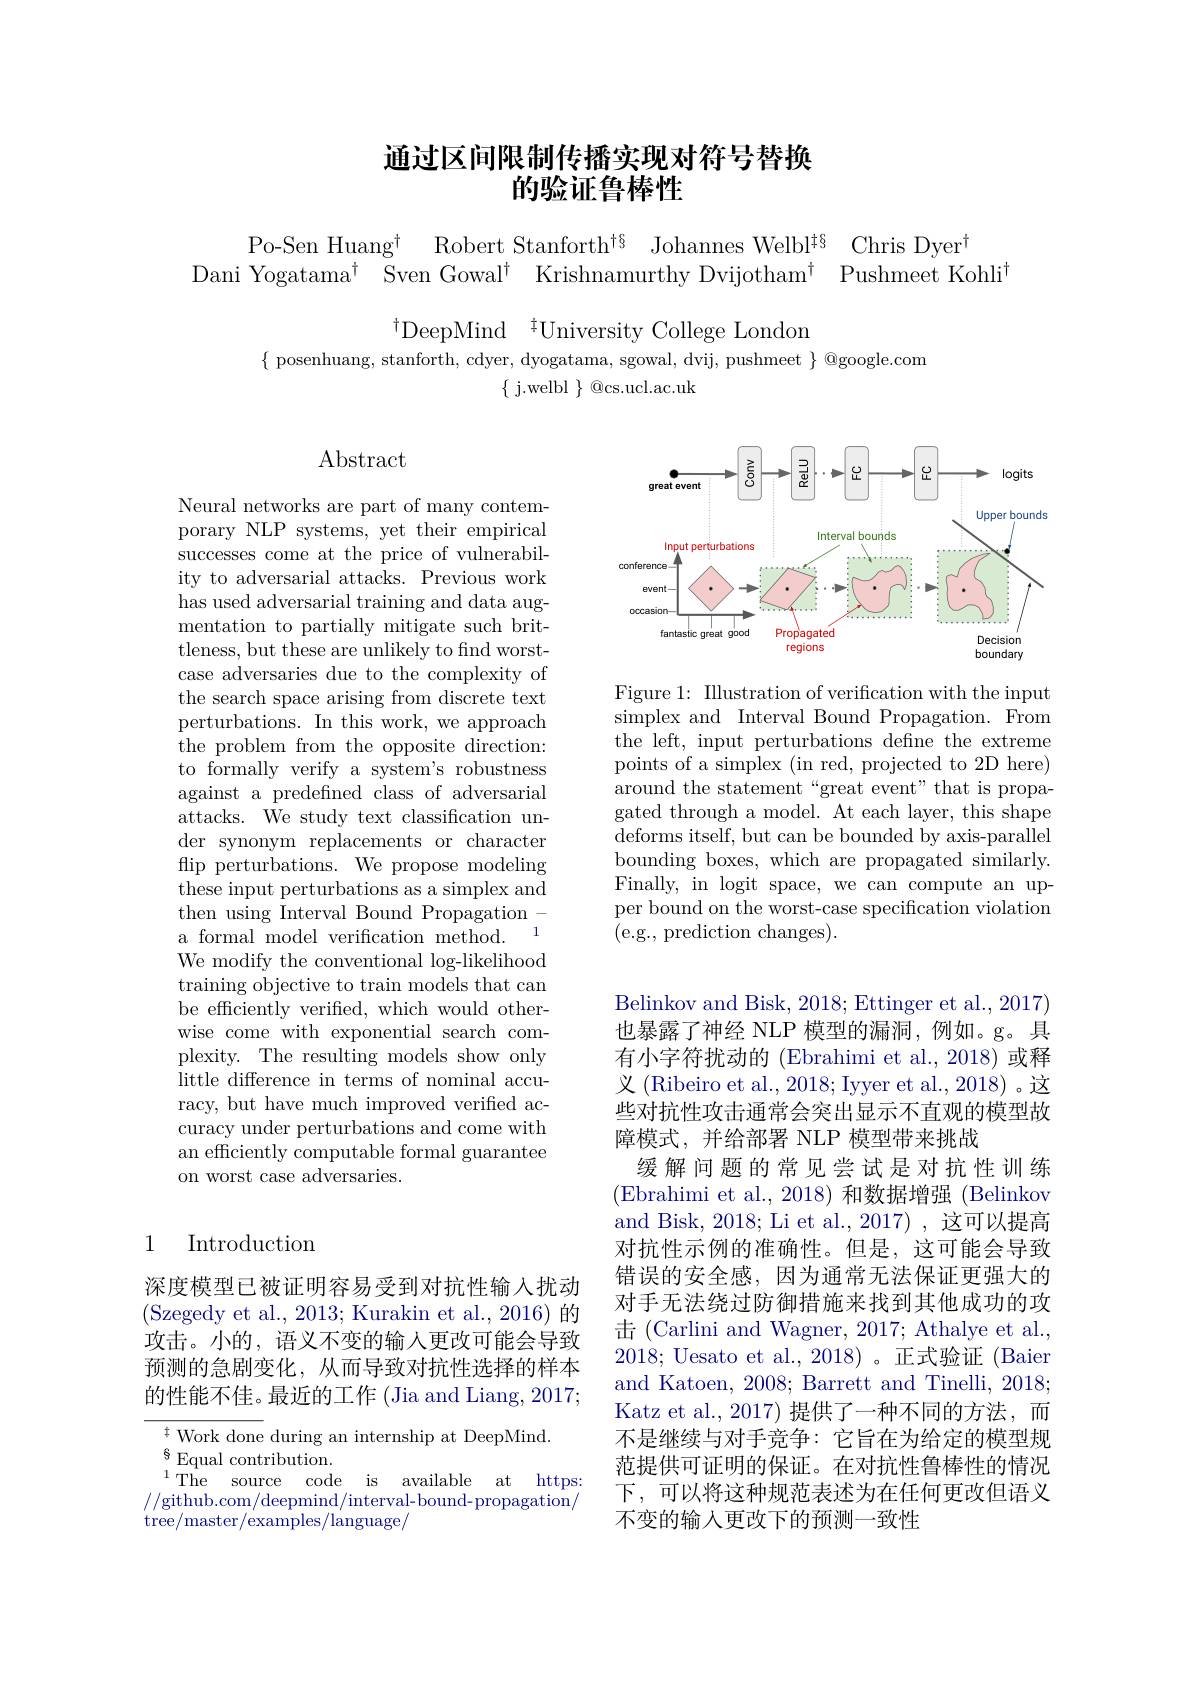
## 通过区间限制传播实现对符号替换的验证鲁棒性

Po-Sen Huang$^{\dagger}$
Robert Stanforth$^{\dagger\S}$ Johannes Welbl$^{\dagger\S}$ Chris Dyer$^{\dagger}$
Dani Yogatama$^{\dagger}$ Sven Gowal$^{\dagger}$ Krishnamurthy Dvijotham$^{\dagger}$ Pushmeet Kohli$^{\dagger}$

$^{\dagger}$DeepMind$^{\dagger}$University College London
$\{$ posenhuang, stanforth, cdyer, dyogatama, sgowal, dvij, pushmeet $\}$ @google.com
$\{$ j.welbl $\}$ @cs.ucl.ac.uk

## $\operatorname{Abstract}$

<FigureHere>

Figure 1: Illustration of verification with the input simplex and Interval Bound Propagation. From the left, input perturbations define the extreme points of a simplex (in red, projected to 2D here) around the statement“great event" that is propagated through a model. At each layer, this shape deforms itself, but can be bounded by axis-parallel bounding boxes, which are propagated similarly. Finally, in logit space, we can compute an upper bound on the worst-case specification violation (e.g., prediction changes).

Neural networks are part of many contemporary NLP systems, yet their empirical successes come at the price of vulnerability to adversarial attacks. Previous work has used adversarial training and data augmentation to partially mitigate such brittleness, but these are unlikely to find worstcase adversaries due to the complexity of the search space arising from discrete text perturbations. In this work, we approach ${\mathrm{the~problem~from~the~opposite~direction:}}$ to formally verify a system's robustness against a predefined class of adversarial attacks. We study text classification under synonym replacements or character flip perturbations. We propose modeling these input perturbations as a simplex and then using Interval Bound Propagation - a formal model verification method.
We modify the conventional $\log$-likelihood training objective to train models that can be efficiently verified, which would otherwise come with exponential search complexity. The resulting models show only little difference in terms of nominal accuracy, but have much improved verified accuracy under perturbations and come with an efficiently computable formal guarantee on worst case adversaries.

### 1 Introduction

Belinkov and Bisk, 2018; Ettinger et al., 2017) 也暴露了神经 NLP 模型的漏洞，例如。g。具有小字符扰动的 (Ebrahimi et al.,2018)或释义 (Ribeiro et al., 2018; Iyyer et al., 2018) 。这些对抗性攻击通常会突出显示不直观的模型故障模式，并给部署 NLP 模型带来挑战
缓解问题的常见尝试是对抗性训练(Ebrahimi et al.,2018)和数据增强 (Belinkov and Bisk, 2018; Li et al., 2017) ,这可以提高对抗性示例的准确性。但是，这可能会导致错误的安全感，因为通常无法保证更强大的对手无法绕过防御措施来找到其他成功的攻击 (Carlini and Wagner, 2017; Athalye et al., 2018; Uesato et al., 2018)。正式验证 (Baier and Katoen, 2008; Barrett and Tinelli, 2018; Katz et al., 2017) 提供了一种不同的方法，而不是继续与对手竞争：它旨在为给定的模型规范提供可证明的保证。在对抗性鲁棒性的情况下，可以将这种规范表述为在任何更改但语义不变的输入更改下的预测一致性

深度模型已被证明容易受到对抗性输入扰动(Szegedy et al., 2013; Kurakin et al., 2016) 的攻击。小的，语义不变的输入更改可能会导致预测的急剧变化，从而导致对抗性选择的样本的性能不佳。最近的工作(Jia and Liang, 2017;

${\frac{\pm}{\text{Work done}}}$ during an internship at DeepMind.
$\overset{6}{\operatorname*{\operatorname*{s}}}$Equal contribution.
$^{1}$The source code is available at https: //github.com/deepmind/interval-bound-propagation/ ${\mathrm{tree/master/examples/language/}}$